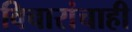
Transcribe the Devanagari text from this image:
विचारांचाही